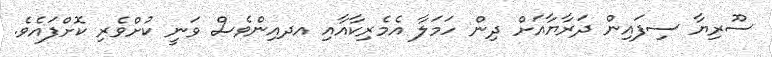
ސޫރިޔާ ސިފައިން ދަރާޔާއަށް ދިން ހަމަލާ އެމެރިކާއާއި އދއިންވެސް ވަނީ ކުށްވެރި ކޮށްފައެވެ.